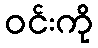
ဝင်းကို